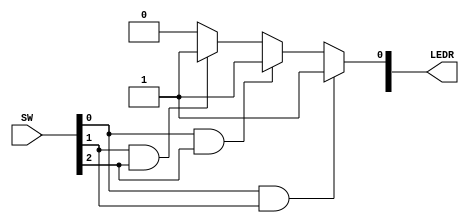
// file top.v
// The output of the LED will be 1 if and only if
// two or more of the dip switches are 1.

module top(
		input wire [17:0] SW,
		output reg [17:0] LEDR);

		always @* begin
		if (SW[0] == 1'b1 && SW[1] == 1'b1) begin
		LEDR[0] = 1'b1;
		end else if (SW[0] == 1'b1 && SW[2] == 1'b1) begin
		LEDR[0] = 1'b1;
		end else if (SW[1] == 1'b1 && SW[2] == 1'b1) begin
		LEDR[0] = 1'b1;
		end else begin
		LEDR[0] = 1'b0; // default value is 0
		end
	end
	
endmodule